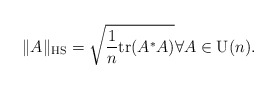
\begin{align*}\|A\|_\textrm{HS} = \sqrt{\frac{1}{n}\mathrm{tr}(A^* A)} \forall A \in \mathrm{U}(n).\end{align*}